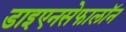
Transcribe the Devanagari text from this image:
डाइएनसेफालॉन